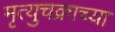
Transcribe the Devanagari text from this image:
मृत्युचक्राच्या